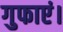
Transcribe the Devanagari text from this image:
गुफाएं।